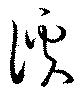
謑